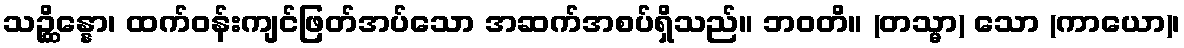
သဉ္ဆိန္နော၊ ထက်ဝန်းကျင်ဖြတ်အပ်သော အဆက်အစပ်ရှိသည်။ ဘဝတိ။ (တသ္မာ) သော (ကာယော)၊